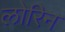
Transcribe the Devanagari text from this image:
लोरिन